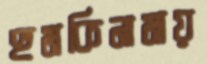
হুমকিনামায়